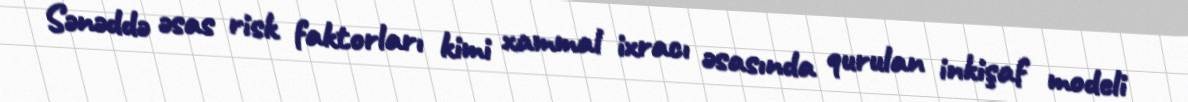
Sənəddə əsas risk faktorları kimi xammal ixracı əsasında qurulan inkişaf modeli